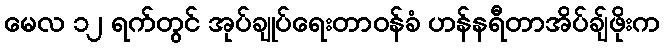
မေလ ၁၂ ရက်တွင် အုပ်ချုပ်ရေးတာဝန်ခံ ဟန်နရီတာအိပ်ချ်ဖိုးက